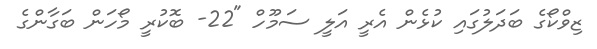
ޒިވްކޯގެ ބަދަލުގައި ކުޅެން އެރީ އަލީ ސަމޫހް "22- ބޮކުރީ މޯހަން ބަގާންގެ